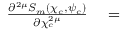
\begin{array} { r l } { \frac { \partial ^ { 2 \mu } S _ { m } \left( \chi _ { c } , \psi _ { c } \right) } { \partial \chi _ { c } ^ { 2 \mu } } } & { { } = } \end{array}